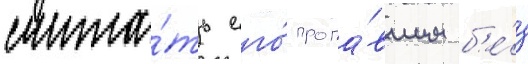
счита́ть его́ пропа́вшим б'е́з